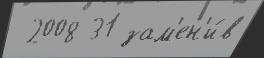
 2008 31 зам'ен'и́в